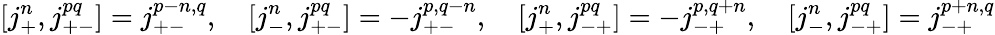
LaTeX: [j_{+}^{n},j_{+-}^{pq}]=j_{+-}^{p-n,q},\quad[j_{-}^{n},j_{+-}^{pq}]=-j_{+-}^{p,q-n},\quad[j_{+}^{n},j_{-+}^{pq}]=-j_{-+}^{p,q+n},\quad[j_{-}^{n},j_{-+}^{pq}]=j_{-+}^{p+n,q}